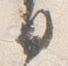
日